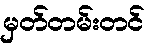
မှတ်တမ်းတင်